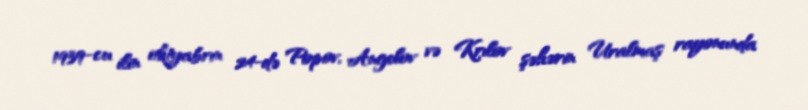
1939-cu ilin oktyabrın 24-də Popov, Angelov və Krılov şəhərin Uralmaş rayonunda